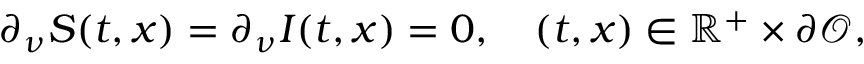
\partial _ { \nu } S ( t , x ) = \partial _ { \nu } I ( t , x ) = 0 , \quad ( t , x ) \in \mathbb { R } ^ { + } \times \partial \mathcal { O } ,